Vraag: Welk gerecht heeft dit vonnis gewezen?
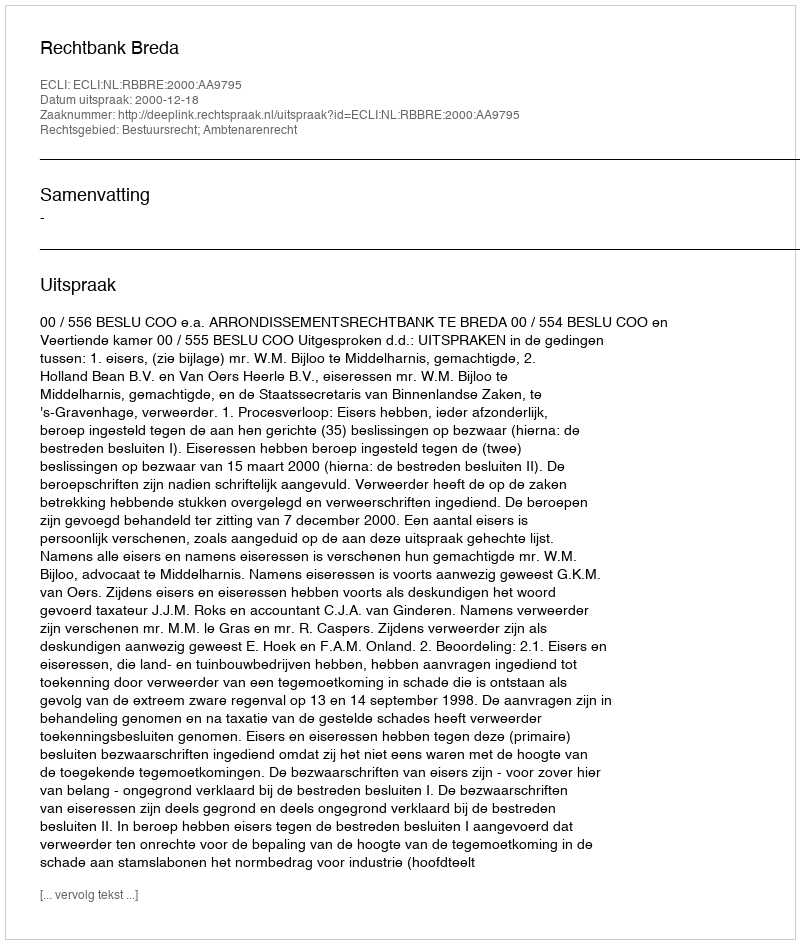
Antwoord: Rechtbank Breda